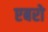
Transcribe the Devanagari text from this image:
एबरो